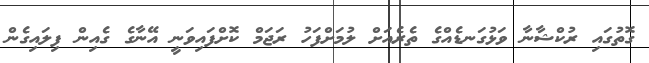
ގޮތުގައި ރުކްޝާނާ ވަޅުގަނޑެއްގެ ތެރެއަށް ލުމަށްފަހު ރަޖަމް ކޮށްފައިވަނީ އޭނާގެ ގެއިން ފިލައިގެން